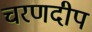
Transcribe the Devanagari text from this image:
चरणदीप